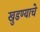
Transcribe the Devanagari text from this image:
खुडण्याचे